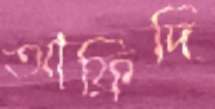
আফ্রিদি